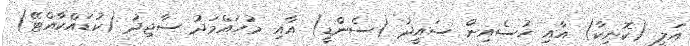
އަލީ (ކޮނިކާ) އާއި ހުސެއިން ސައީދު (ސެންޑީ) އާއި މުހައްމަދު ސާޖިދު (ކުޑައްކާއްޓޭ)